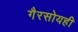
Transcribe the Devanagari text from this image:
गैरसोयही